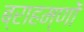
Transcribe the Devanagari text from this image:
ब्राहम्‍णों